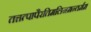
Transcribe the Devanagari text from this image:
तत्तत्पापैरतिमलिनमन्तर्मम